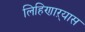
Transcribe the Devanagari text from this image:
लिहिणाऱ्यास